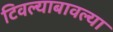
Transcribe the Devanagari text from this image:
टिवल्याबावल्या